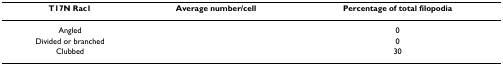
<table><thead><tr><td><b>T17N Rac1</b></td><td><b>Average number/cell</b></td><td><b>Percentage of total filopodia</b></td></tr></thead><tbody><tr><td>Angled</td><td>[EMPTY_CELL]</td><td>0</td></tr><tr><td>Divided or branched</td><td>[EMPTY_CELL]</td><td>0</td></tr><tr><td>Clubbed</td><td>[EMPTY_CELL]</td><td>30</td></tr></tbody></table>